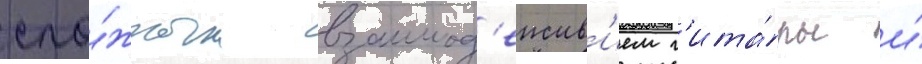
сло́жным взаимод'еиств'ием г'ита́ры и́